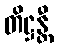
တိဋ္ဌန္တီ